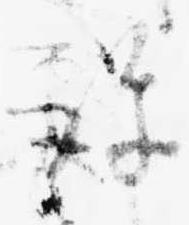
許